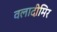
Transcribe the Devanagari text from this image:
वलादीमिर